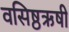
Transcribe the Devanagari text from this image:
वसिष्ठऋषी